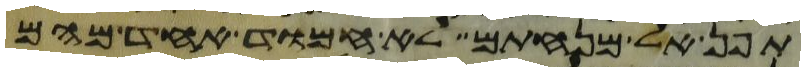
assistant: תפן אל מנחתם לא חמוד אחד מהם